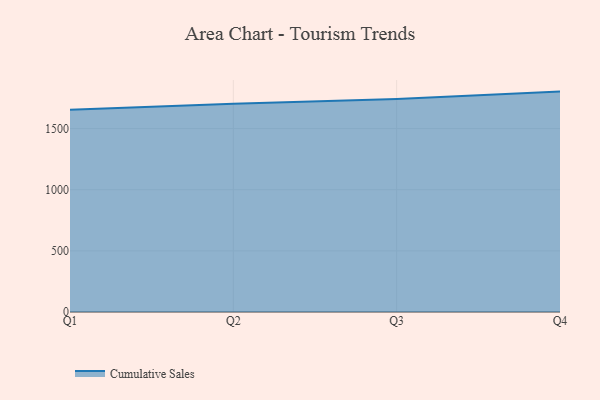
{"axis": {"x": "Quarter", "y": "Market Share (%)"}, "legend": ["Cumulative Sales"], "data": [{"x": "Q1", "y": 1653.5, "type": "Cumulative Sales"}, {"x": "Q2", "y": 1703.5, "type": "Cumulative Sales"}, {"x": "Q3", "y": 1741.4, "type": "Cumulative Sales"}, {"x": "Q4", "y": 1802.0, "type": "Cumulative Sales"}]}